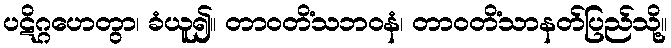
ပဋိဂ္ဂဟေတွာ၊ ခံယူ၍။ တာဝတိံသဘဝနံ၊ တာဝတိံသာနတ်ပြည်သို့။